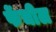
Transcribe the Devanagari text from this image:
फेंचील